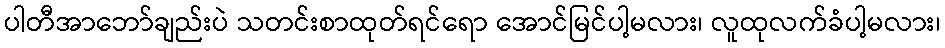
ပါတီအာဘော်ချည်းပဲ သတင်းစာထုတ်ရင်ရော အောင်မြင်ပါ့မလား၊ လူထုလက်ခံပါ့မလား၊